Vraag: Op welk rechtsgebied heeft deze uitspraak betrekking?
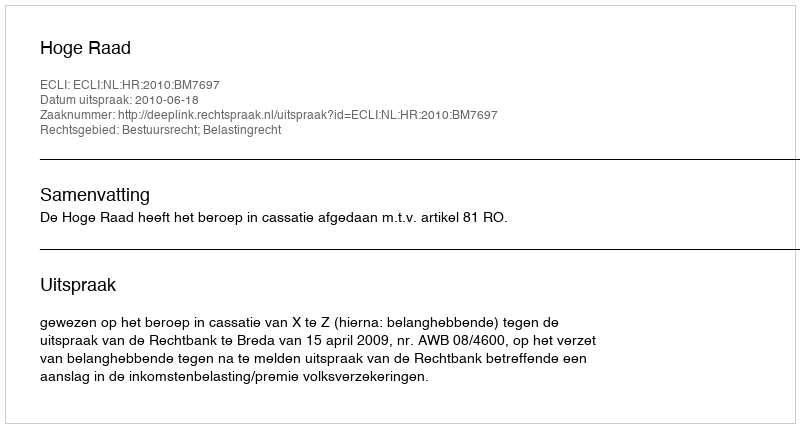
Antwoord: Bestuursrecht; Belastingrecht